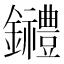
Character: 𨰋